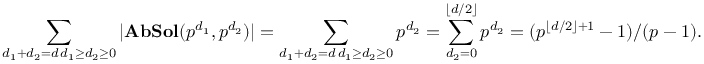
\sum _ { \substack { d _ { 1 } + d _ { 2 } = d \, d _ { 1 } \geq d _ { 2 } \geq 0 } } | \mathbf { A b S o l } ( p ^ { d _ { 1 } } , p ^ { d _ { 2 } } ) | = \sum _ { \substack { d _ { 1 } + d _ { 2 } = d \, d _ { 1 } \geq d _ { 2 } \geq 0 } } p ^ { d _ { 2 } } = \sum _ { d _ { 2 } = 0 } ^ { \lfloor d / 2 \rfloor } p ^ { d _ { 2 } } = ( p ^ { \lfloor d / 2 \rfloor + 1 } - 1 ) / ( p - 1 ) .